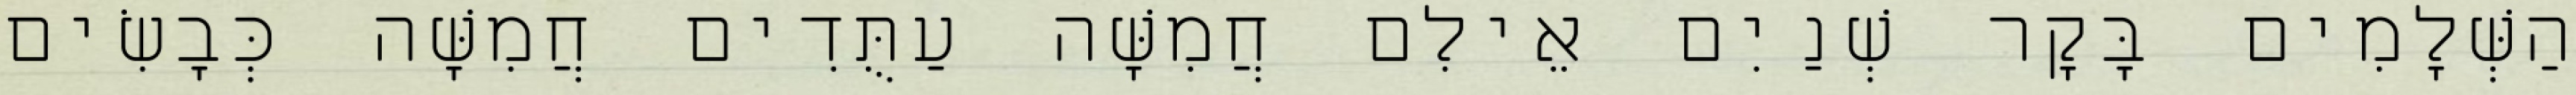
הַשְּׁלָמִים בָּקָר שְׁנַיִם אֵילִם חֲמִשָּׁה עַתֻּדִים חֲמִשָּׁה כְּבָשִׂים